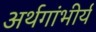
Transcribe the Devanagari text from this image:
अर्थगांभीर्य